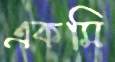
একমি